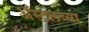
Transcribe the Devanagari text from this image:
ॲस्टलच्या